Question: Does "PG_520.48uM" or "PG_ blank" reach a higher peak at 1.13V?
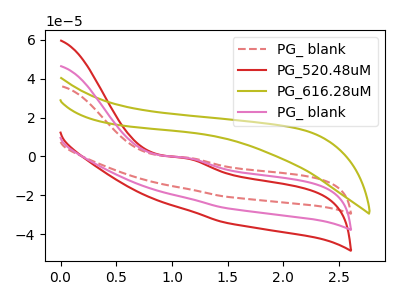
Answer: <think>The red dashed curve "PG_ blank" has an anodic peak at: (1.15V, -0.60uA). The red curve "PG_520.48uM" has an anodic peak at: (1.15V, -1.55uA). The olive curve "PG_616.28uM" has no peaks. The pink curve "PG_ blank" has an anodic peak at: (1.15V, -0.80uA).</think>
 <answer>The peak at 1.13V is lower in "PG_520.48uM" than in "PG_ blank".</answer>
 <eval>lower</eval>